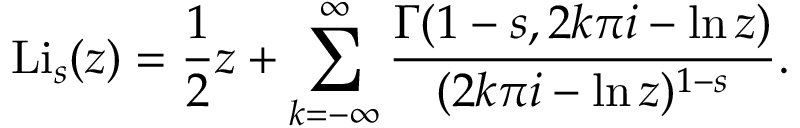
\operatorname { L i } _ { s } ( z ) = { \frac { 1 } { 2 } } z + \sum _ { k = - \infty } ^ { \infty } { \frac { \Gamma ( 1 - s , 2 k \pi i - \ln z ) } { ( 2 k \pi i - \ln z ) ^ { 1 - s } } } .